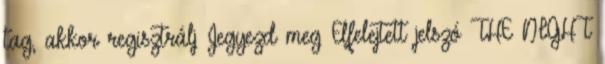
tag, akkor regisztrálj Jegyezd meg Elfelejtett jelszó THE NIGHT